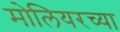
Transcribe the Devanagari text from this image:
मोलियरच्या